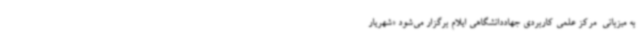
به میزبانی  مرکز علمی کاربردی جهاددانشگاهی ایلام برگزار می‌شود «شهریار